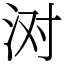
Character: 㳔